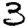
Digit: 3